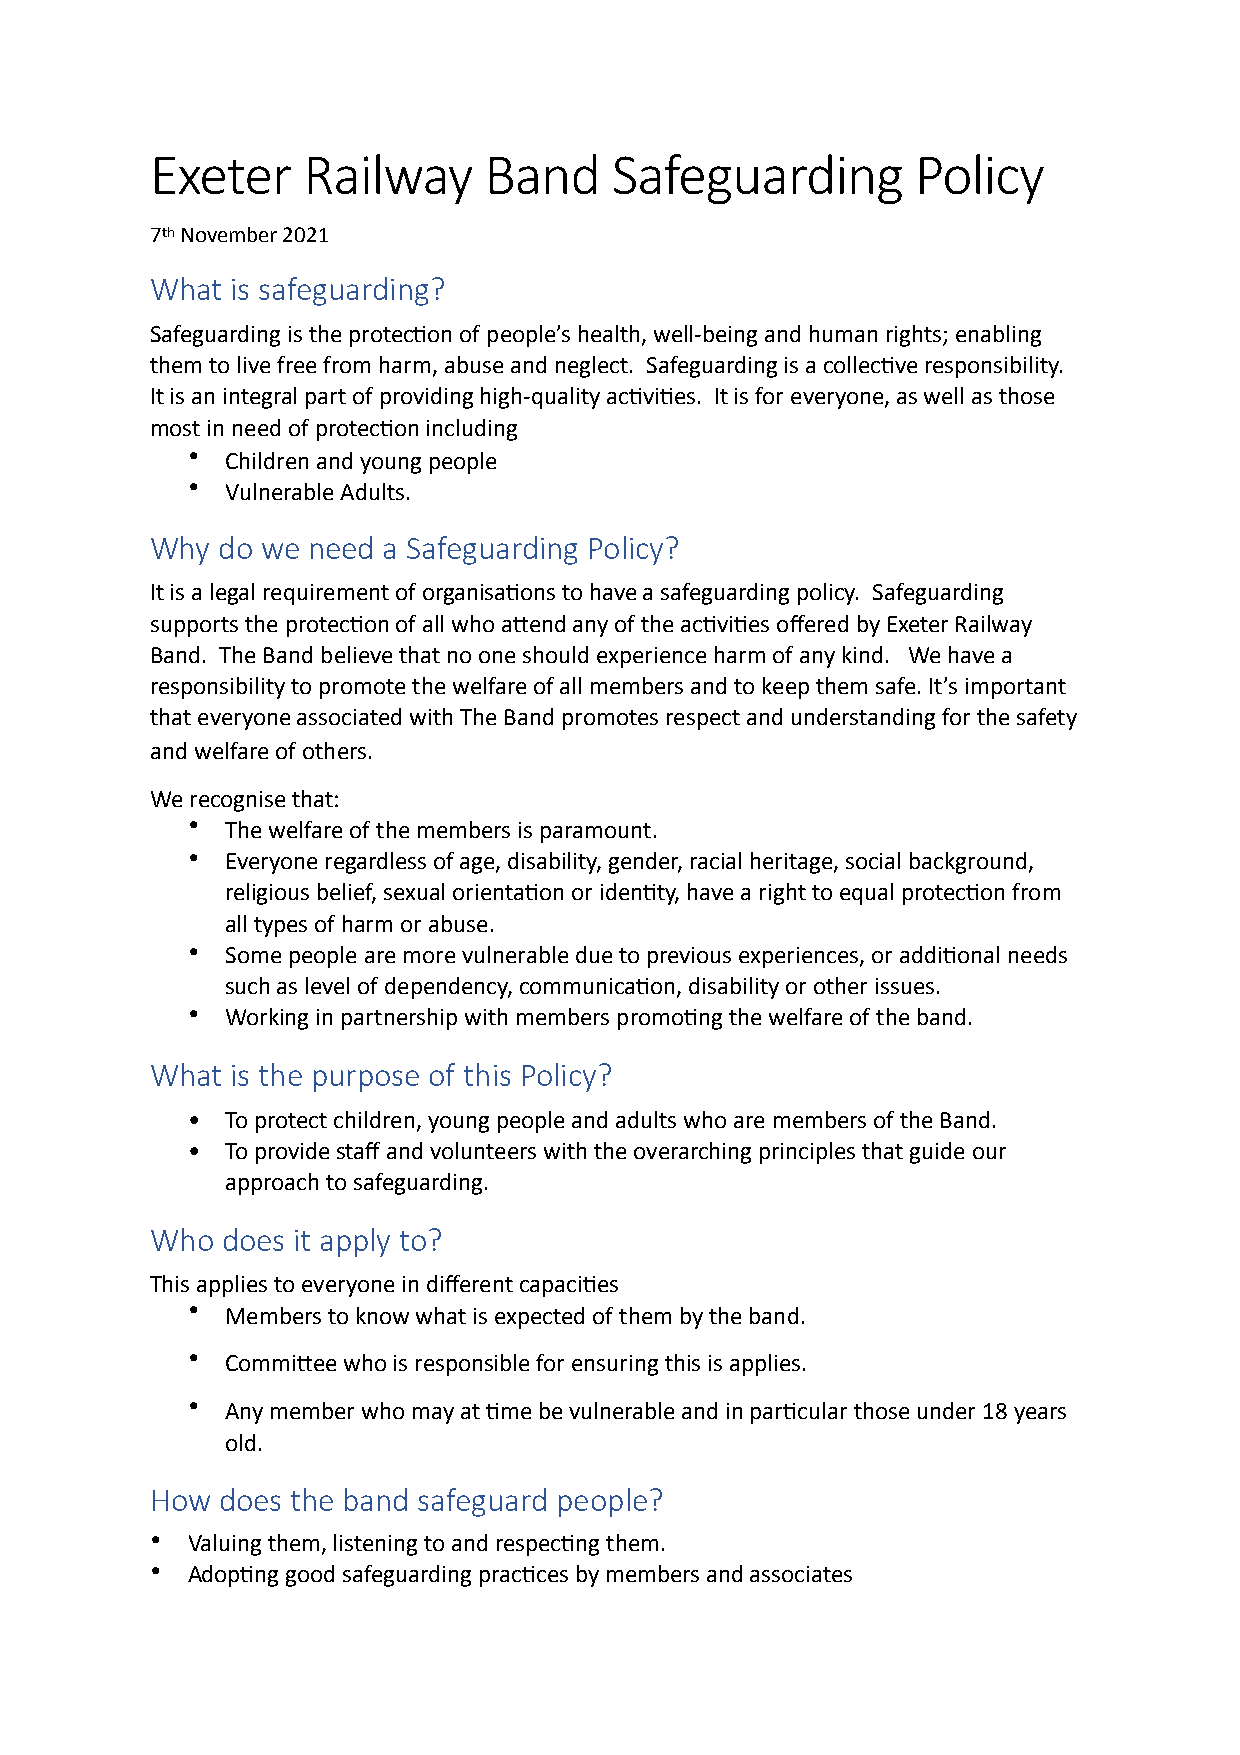
Exeter    Railway     Band    Safeguarding         Policy
 7th November 2021
 What is safeguarding?
 Safeguarding is the protec:on of people’s health, well-being and human rights; enabling
 them to live free from harm, abuse and neglect. Safeguarding is a collec:ve responsibility.
 It is an integral part of providing high-quality ac:vi:es. It is for everyone, as well as those
 most in need of protec:on including
 •  Children and young people
 •  Vulnerable Adults.
 Why do we need a Safeguarding Policy?
 It is a legal requirement of organisa:ons to have a safeguarding policy. Safeguarding
 supports the protec:on of all who aHend any of the ac:vi:es offered by Exeter Railway
 Band. The Band believe that no one should experience harm of any kind. We have a
 responsibility to promote the welfare of all members and to keep them safe. It’s important
 that everyone associated with The Band promotes respect and understanding for the safety
 and welfare of others.
 We recognise that:
 •  The welfare of the members is paramount.
 •  Everyone regardless of age, disability, gender, racial heritage, social background,
 religious belief, sexual orienta:on or iden:ty, have a right to equal protec:on from
 all types of harm or abuse.
 •  Some people are more vulnerable due to previous experiences, or addi:onal needs
 such as level of dependency, communica:on, disability or other issues.
 •  Working in partnership with members promo:ng the welfare of the band.
 What is the purpose of this Policy?
 •  To protect children, young people and adults who are members of the Band.
 •  To provide staff and volunteers with the overarching principles that guide our
 approach to safeguarding.
 Who  does it apply to?
 This applies to everyone in different capaci:es
 •  Members to know what is expected of them by the band.
 •  CommiHee who is responsible for ensuring this is applies.
 •  Any member who may at :me be vulnerable and in par:cular those under 18 years
 old.
 How does the band safeguard people?
 • Valuing them, listening to and respec:ng them.
 • Adop:ng good safeguarding prac:ces by members and associates